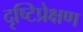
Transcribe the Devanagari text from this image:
दृष्टिप्रेक्षण